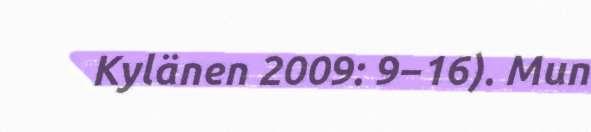
Kylänen 2009: 9−16). Mun